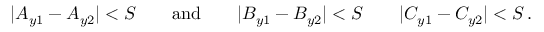
| A _ { y 1 } - A _ { y 2 } | < S \qquad \mathrm { a n d } \qquad | B _ { y 1 } - B _ { y 2 } | < S \qquad | C _ { y 1 } - C _ { y 2 } | < S \, .